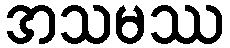
အသမဿ